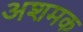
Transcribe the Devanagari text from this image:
अशमक